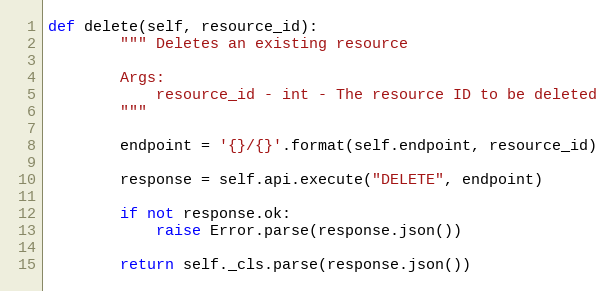
Language: Python
def delete(self, resource_id):
        """ Deletes an existing resource

        Args:
            resource_id - int - The resource ID to be deleted
        """

        endpoint = '{}/{}'.format(self.endpoint, resource_id)

        response = self.api.execute("DELETE", endpoint)

        if not response.ok:
            raise Error.parse(response.json())

        return self._cls.parse(response.json())